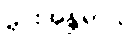
မိုင်းအန္တရာယ်